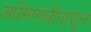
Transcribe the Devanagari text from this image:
अर्धमागधीपासून